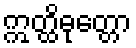
ဣတ္ထိဓုတ္တော